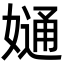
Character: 𡠙